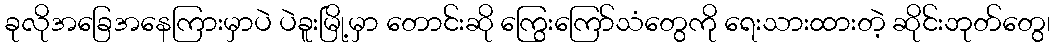
ခုလိုအခြေအနေကြားမှာပဲ ပဲခူးမြို့မှာ တောင်းဆို ကြွေးကြော်သံတွေကို ရေးသားထားတဲ့ ဆိုင်းဘုတ်တွေ၊